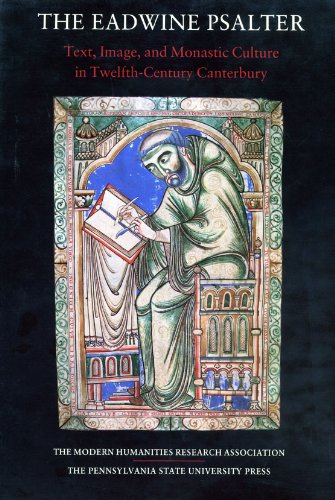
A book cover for The Eadwine Psalter: Text, Image, and Monastic Culture in Twelfth-Century Canterbury (Publications of the Modern Humanities Research Association, Vo); Arts & Photography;